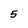
Character: 5